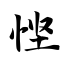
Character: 悭